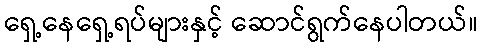
ရှေ့နေရှေ့ရပ်များနှင့် ဆောင်ရွက်နေပါတယ်။